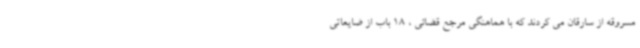
مسروقه از سارقان می کردند که با هماهنگی مرجع قضائی ، 18 باب از ضایعاتی